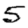
Digit: 5